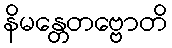
နိမန္တေတဗ္ဗောတိ